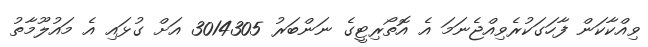
ވިއްކާކަން ފާހަގަކުރެވިއްޖެނަމަ އެ އޮތޯރިޓީގެ ނަންބަރު 3014305 އަށް ގުޅައި އެ މައުލޫމާތު